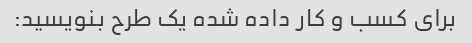
برای کسب و کار داده شده یک طرح بنویسید: